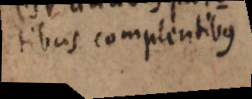
tibus complentibus